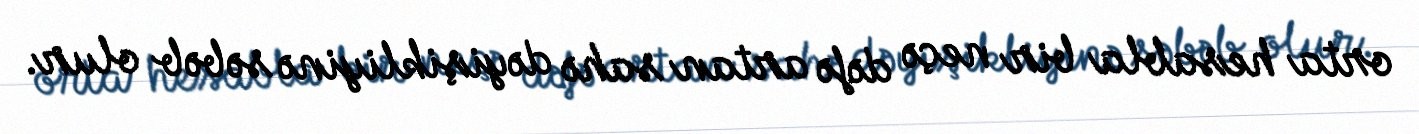
orta hesabla bir neçə dəfə artan sahə dəyişikliyinə səbəb olur.